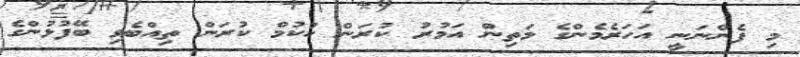
މި ފެންނަނީ އަހަރެމެންގެ މަތިން އަމުރު ކުރަން ހުކުމް ކުރަން ތިއްބެވި ބޭފުޅުންގެ